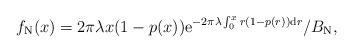
LaTeX: \begin{align*}f_\mathrm{N}(x)=2\pi\lambda x(1-p(x))\mathrm{e}^{-2\pi\lambda\int_{0}^{x}r(1-p(r))\mathrm{d}r}/B_\mathrm{N},\end{align*}